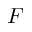
F